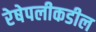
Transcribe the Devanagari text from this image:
रेषेपलीकडील